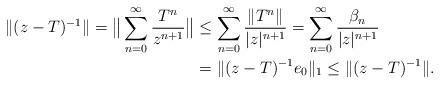
LaTeX: \begin{align*}\|(z-T)^{-1}\|=\big\|\sum\limits_{n=0}^{\infty}\frac{T^n}{z^{n+1}}\big\|&\leq\sum\limits_{n=0}^{\infty}\frac{\|T^n\|}{|z|^{n+1}}=\sum\limits_{n=0}^{\infty}\frac{\beta_n}{|z|^{n+1}}\\&=\|(z-T)^{-1}e_{0}\|_1\leq \|(z-T)^{-1}\|.\end{align*}